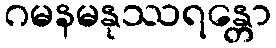
ဂမနမနုဿရန္တော